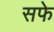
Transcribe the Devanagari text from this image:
सफे